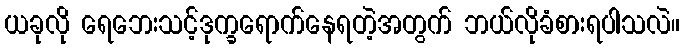
ယခုလို ရေဘေးသင့်ဒုက္ခရောက်နေရတဲ့အတွက် ဘယ်လိုခံစားရပါသလဲ။